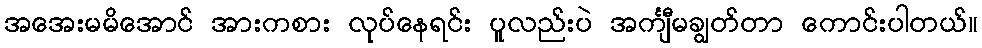
အအေးမမိအောင် အားကစား လုပ်နေရင်း ပူလည်းပဲ အင်္ကျီမချွတ်တာ ကောင်းပါတယ်။